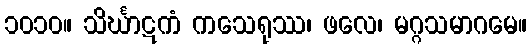
၁၀၁၀။ သိင်္ဃာဋကံ ကသေရုဿ၊ ဖလေ၊ မဂ္ဂသမာဂမေ။